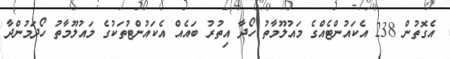
އެގޮތުން 238 އެކައުންޓެއްގެ މައުލޫމާތު ހޯދާ އިތުރު ބައެއް އެކައުންޓުތަކުގެ މައުލޫމާތު ހޯދަމުންދާ